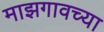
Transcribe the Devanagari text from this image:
माझगावच्या